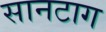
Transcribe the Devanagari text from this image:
सानटाग